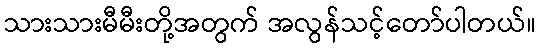
သားသားမီမီးတို့အတွက် အလွန်သင့်တော်ပါတယ်။